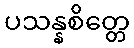
ပသန္နစိတ္တေ